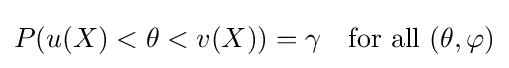
P(u(X)<\theta <v(X))=\gamma \quad {\text{for all }}(\theta ,\varphi )